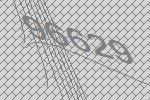
96629